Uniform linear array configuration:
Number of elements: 64
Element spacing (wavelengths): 0.25
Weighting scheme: exponential
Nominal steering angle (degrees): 0
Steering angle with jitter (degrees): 0.3341
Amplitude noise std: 0.05
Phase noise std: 0.05

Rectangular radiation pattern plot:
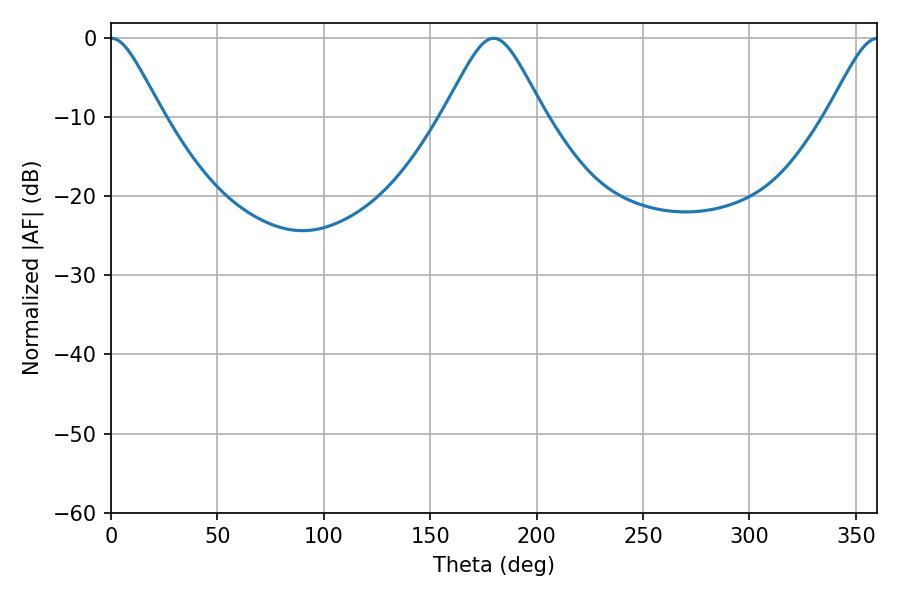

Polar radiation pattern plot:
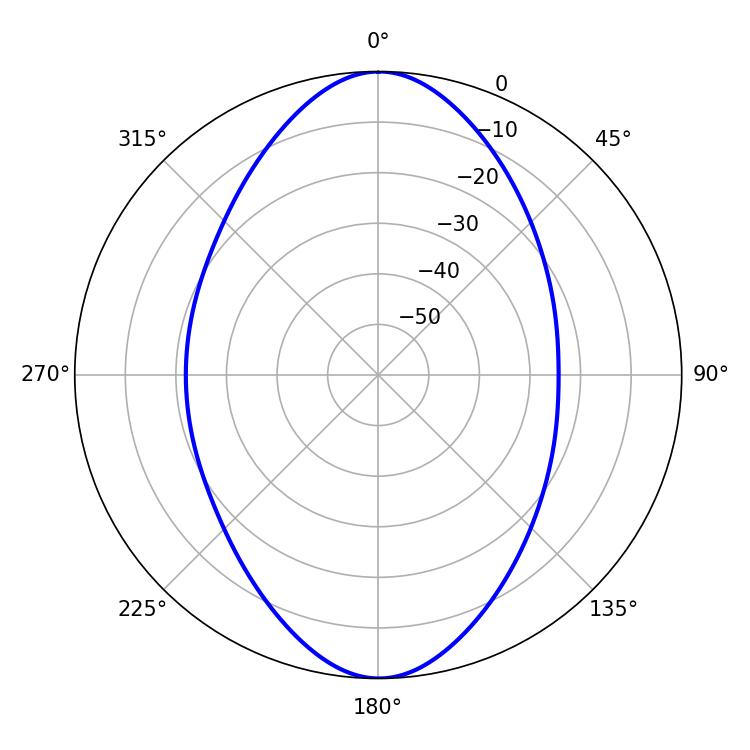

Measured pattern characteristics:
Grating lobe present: FALSE
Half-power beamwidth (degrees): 11.7
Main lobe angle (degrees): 0.18